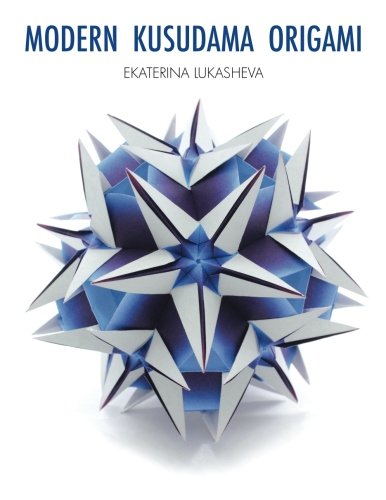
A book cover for Modern kusudama origami: Designs for modular origami lovers; Ekaterina Lukasheva; Humor & Entertainment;